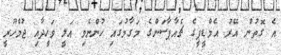
އެ ގޮތުން އޭރު އެމްޑީޕީގެ ޗެއާޕާސަންގެ މަގާމުގައި ހުންނެވި އަލީ ވަހީދާއި ޖުމްހޫރީ